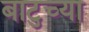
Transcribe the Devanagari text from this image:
बाटुच्या